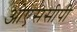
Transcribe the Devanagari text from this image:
ओएससीपी